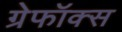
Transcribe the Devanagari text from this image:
ग्रेफॉक्स